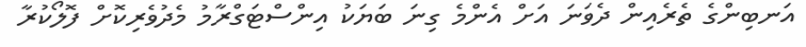
އަނބިންގެ ތެރެއިން ދެވަނަ އަށް އެންމެ ގިނަ ބަޔަކު އިންސްޓަގްރާމު މެދުވެރިކޮށް ފޮލޯކުރާ